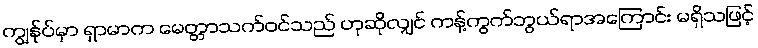
ကျွန်ုပ်မှာ ရှာမာက မေတ္တာသက်ဝင်သည် ဟုဆိုလျှင် ကန့်ကွက်ဘွယ်ရာအကြောင်း မရှိသဖြင့်